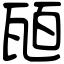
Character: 瓸